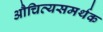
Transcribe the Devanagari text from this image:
औचित्यसमर्थक